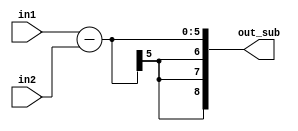
//subtractor
module subtract(in1 , in2 , out_sub);
  
  input signed [4:0]in1;
  input signed [4:0]in2;
  output signed [8:0]out_sub;
  
  assign out_sub = in1 - in2;
  
endmodule